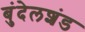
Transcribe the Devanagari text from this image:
बुंदेलशंड